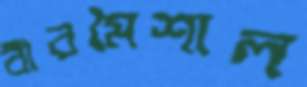
বীরমৈশাল